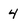
Character: 4